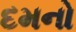
દમનો